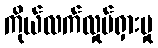
ကိုယ်လက်လှုပ်ရှားမှု